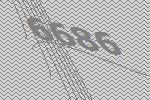
6686